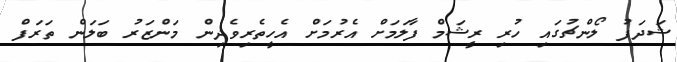
ޝަދަފު ލޯންޗުގައި ހުރި ރީޝަމް ފާލަމަށް އެރުމަށް އެހީތެރިވެދިން މަންޒަރު ބަލަން ތަރަފް